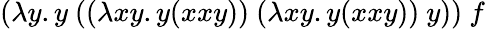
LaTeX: (\lambda y.y\ ((\lambda xy.y(xxy))\ (\lambda xy.y(xxy))\ y))\ f